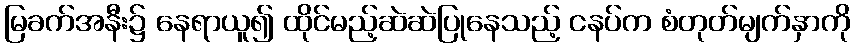
မြခက်အနီး၌ နေရာယူ၍ ထိုင်မည့်ဆဲဆဲပြုနေသည့် ငနပ်က စံတုတ်မျက်နှာကို